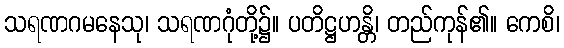
သရဏဂမနေသု၊ သရဏဂုံတို့၌။ ပတိဋ္ဌဟန္တိ၊ တည်ကုန်၏။ ကေစိ၊